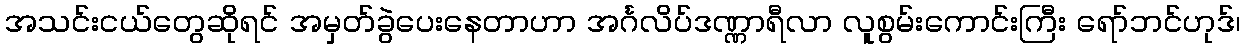
အသင်းငယ်တွေဆိုရင် အမှတ်ခွဲပေးနေတာဟာ အင်္ဂလိပ်ဒဏ္ဏာရီလာ လူစွမ်းကောင်းကြီး ရော်ဘင်ဟုဒ်၊